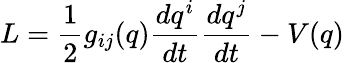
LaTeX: L=\frac{1}{2}g_{ij}(q)\frac{dq^{i}}{dt}\frac{dq^{j}}{dt}-V(q)